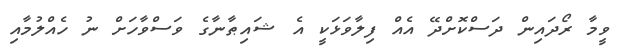
ވީމާ ރޯދައިން ދަސްކޮށްދޭ އެއް ފިލާވަޅަކީ އެ ޝައިޠާނާގެ ވަސްވާހަށް ނު ހެއްލުމާއި